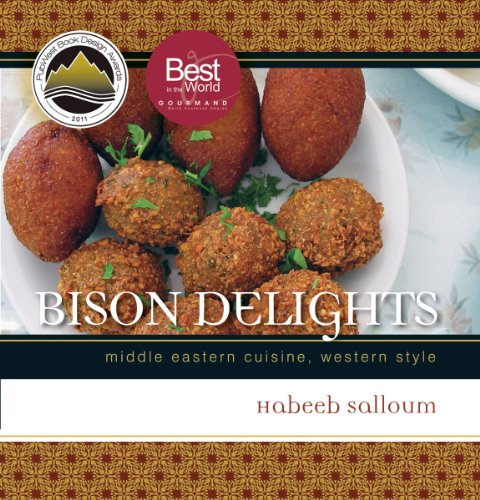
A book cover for Bison Delights: Middle Eastern Cuisine, Western Style (Trade Books Based in Scholarship); Habeeb Salloum; Cookbooks, Food & Wine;